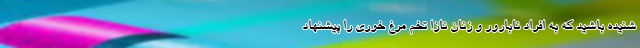
شنیده باشید که به افراد نابارور و زنان نازا تخم مرغ خوری را پیشنهاد